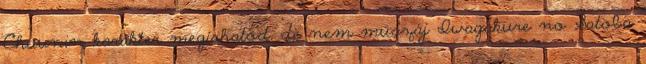
Chuunin karakter megírhatod, de nem muszáj Iwagakure no Satoba